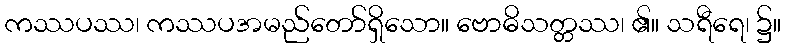
ကဿပဿ၊ ကဿပအမည်တော်ရှိသော။ ဗောဓိသတ္တဿ၊ ၏။ သရီရေ၊ ၌။